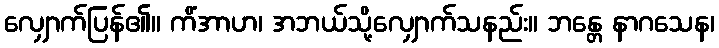
လျှောက်ပြန်၏။ ကိံအာဟ၊ အဘယ်သို့လျှောက်သနည်း။ ဘန္တေ နာဂသေန၊